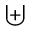
\uplus